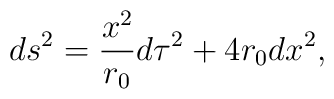
ds^2= \frac{x^2}{r_0} d\tau^2+4 r_0 dx^2,